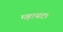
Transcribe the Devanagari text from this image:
महाथट।